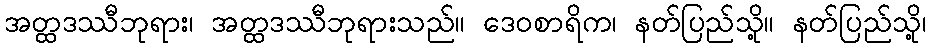
အတ္ထဒဿီဘုရား၊ အတ္ထဒဿီဘုရားသည်။ ဒေဝစာရိက၊ နတ်ပြည်သို့။ နတ်ပြည်သို့၊